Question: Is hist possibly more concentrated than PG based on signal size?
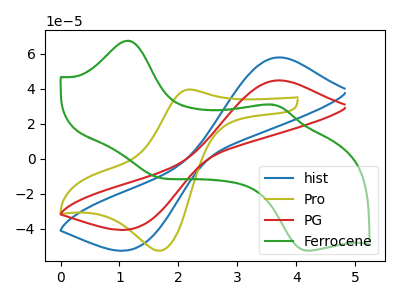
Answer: <think>The blue curve "hist" has an anodic peak at (3.70V, 57.95uA) and a cathodic peak at (1.25V, -51.15uA). The olive curve "Pro" has an anodic peak at (2.20V, 39.60uA) and a cathodic peak at (1.70V, -52.55uA). The red curve "PG" has an anodic peak at (3.70V, 44.85uA) and a cathodic peak at (1.25V, -39.55uA). The green curve "Ferrocene" has anodic peaks at (1.15V, 67.50uA) (3.55V, 31.00uA) and cathodic peaks at (1.60V, -9.95uA) (4.20V, -52.35uA).
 All the peaks in "hist" have a peak in "PG" at the same potential. Every peak in "hist" is higher than every peak in "PG".</think>
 <answer>"hist" has more signal than "PG".</answer>
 <eval>more_signal</eval>